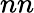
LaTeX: nn